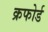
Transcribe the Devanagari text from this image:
क्रफोर्ड